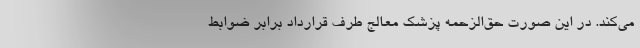
می‌کند. در این صورت حق‌الزحمه پزشک معالج طرف قرارداد برابر ضوابط